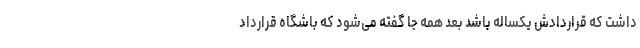
داشت که قراردادش یکساله باشد بعد همه جا گفته می‌شود که باشگاه قرارداد